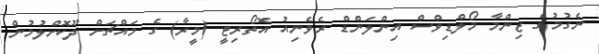
ނެގުމުގެ ޒިންމާ މޯލްޑިވްސް އިންލަންޑް ރެވެނިއު އޮތޯރިޓީ (މީރާ) ގެ މައްޗަށް ދޫކޮށްލުމުން